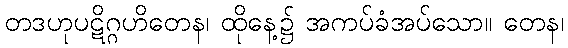
တဒဟုပဋိဂ္ဂဟိတေန၊ ထိုနေ့၌ အကပ်ခံအပ်သော။ တေန၊